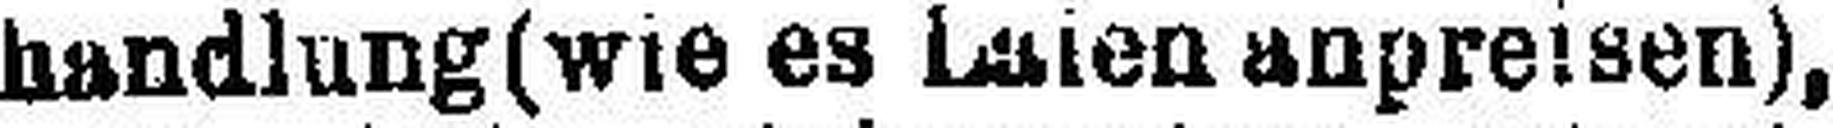
handlung (wie es Laienanpreisen),